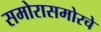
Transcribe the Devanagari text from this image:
समोरासमोरचे